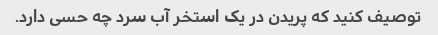
توصیف کنید که پریدن در یک استخر آب سرد چه حسی دارد.